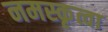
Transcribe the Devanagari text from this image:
नमस्कृत्वा